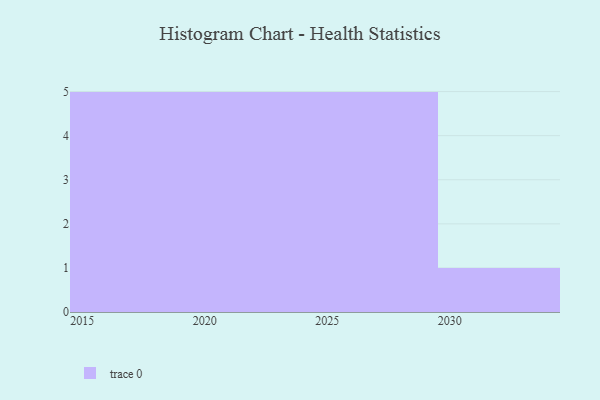
{"axis": {"x": "Year", "y": "Headcount"}, "legend": [""], "data": [{"x": "2021", "y": 57, "type": ""}, {"x": "2029", "y": 28, "type": ""}, {"x": "2030", "y": 43, "type": ""}, {"x": "2015", "y": 86, "type": ""}, {"x": "2017", "y": 97, "type": ""}, {"x": "2026", "y": 6, "type": ""}, {"x": "2025", "y": 80, "type": ""}, {"x": "2018", "y": 34, "type": ""}, {"x": "2020", "y": 20, "type": ""}, {"x": "2024", "y": 48, "type": ""}, {"x": "2019", "y": 50, "type": ""}, {"x": "2023", "y": 54, "type": ""}, {"x": "2022", "y": 39, "type": ""}, {"x": "2027", "y": 87, "type": ""}, {"x": "2016", "y": 34, "type": ""}, {"x": "2028", "y": 55, "type": ""}]}